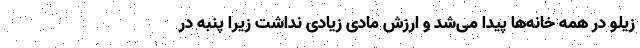
زیلو در همه خانه‌ها پیدا می‌شد و ارزش مادی زیادی نداشت زیرا پنبه در